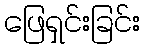
ဖြေရှင်းခြင်း